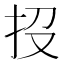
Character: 𢪩